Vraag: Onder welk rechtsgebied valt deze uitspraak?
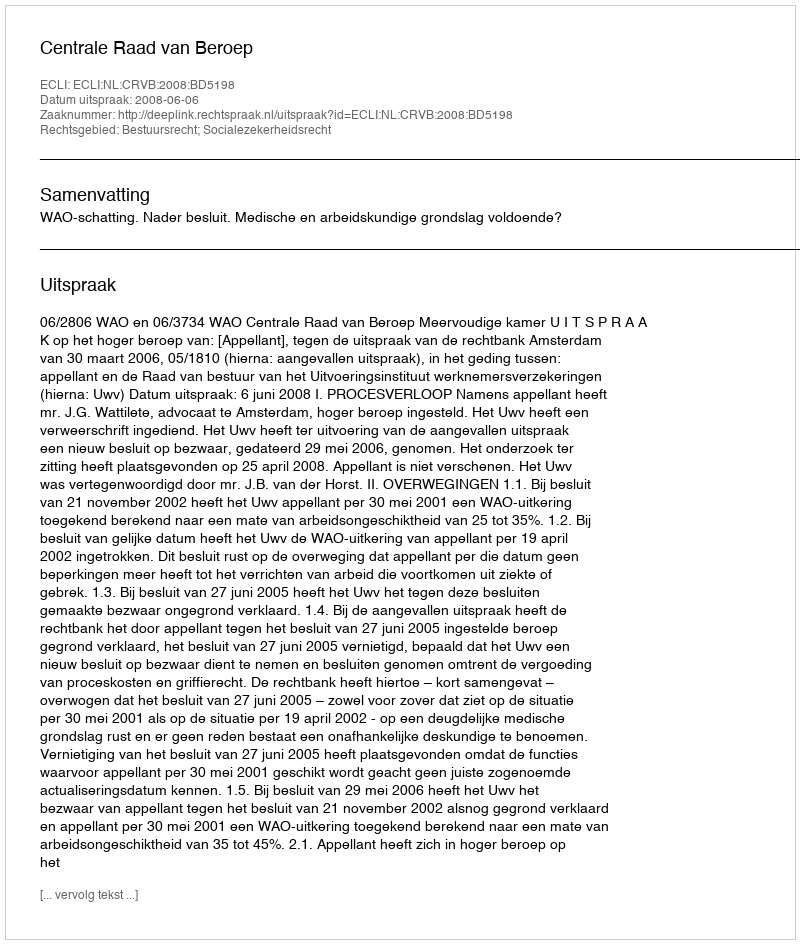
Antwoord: Bestuursrecht; Socialezekerheidsrecht